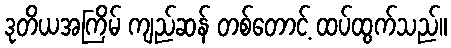
ဒုတိယအကြိမ် ကျည်ဆန် တစ်တောင့် ထပ်ထွက်သည်။